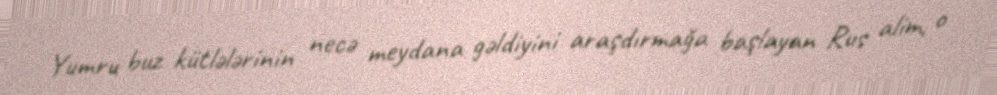
Yumru buz kütlələrinin necə meydana gəldiyini araşdırmağa başlayan Rus alim, o